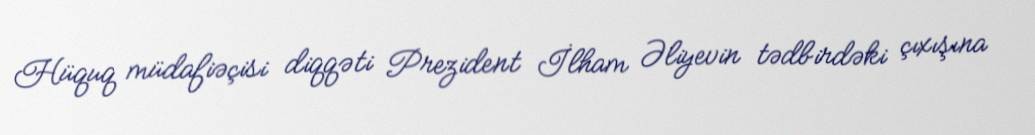
Hüquq müdafiəçisi diqqəti Prezident İlham Əliyevin tədbirdəki çıxışına